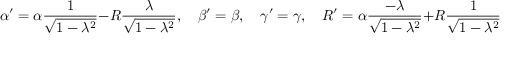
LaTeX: \alpha ^ { \prime } = \alpha { \frac { 1 } { \sqrt { 1 - \lambda ^ { 2 } } } } - R { \frac { \lambda } { \sqrt { 1 - \lambda ^ { 2 } } } } , \quad \beta ^ { \prime } = \beta , \quad \gamma ^ { \prime } = \gamma , \quad R ^ { \prime } = \alpha { \frac { - \lambda } { \sqrt { 1 - \lambda ^ { 2 } } } } + R { \frac { 1 } { \sqrt { 1 - \lambda ^ { 2 } } } }